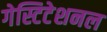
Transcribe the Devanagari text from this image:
गेस्टिटेशनल